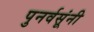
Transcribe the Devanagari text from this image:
पुनर्वसूंनी